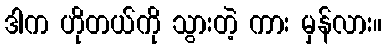
ဒါက ဟိုတယ်ကို သွားတဲ့ ကား မှန်လား။